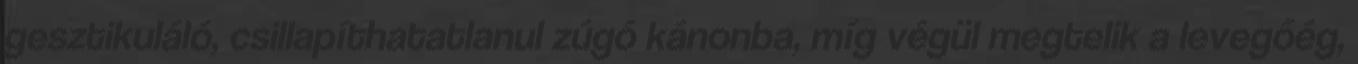
gesztikuláló, csillapíthatatlanul zúgó kánonba, míg végül megtelik a levegőég,